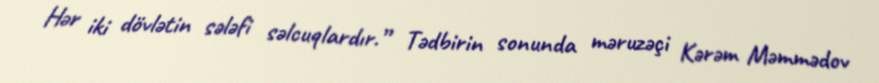
Hər iki dövlətin sələfi səlcuqlardır.” Tədbirin sonunda məruzəçi Kərəm Məmmədov